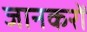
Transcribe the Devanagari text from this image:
जानकरों